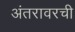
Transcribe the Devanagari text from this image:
अंतरावरची